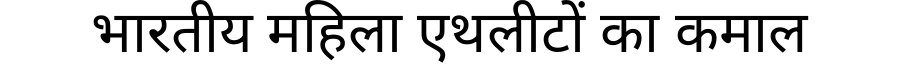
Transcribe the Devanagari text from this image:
भारतीय महिला एथलीटों का कमाल